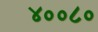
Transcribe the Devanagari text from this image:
४००८०